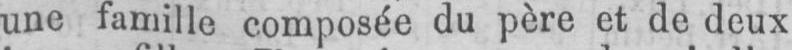
une famille composée du père et de deux